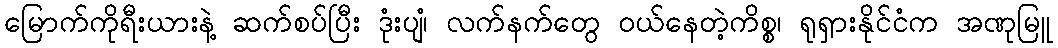
မြောက်ကိုရီးယားနဲ့ ဆက်စပ်ပြီး ဒုံးပျံ၊ လက်နက်တွေ ဝယ်နေတဲ့ကိစ္စ၊ ရုရှားနိုင်ငံက အဏုမြူ